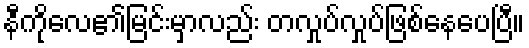
နီကိုလေ၏မြင်းမှာလည်း တလှုပ်လှုပ်ဖြစ်နေပေပြီ။